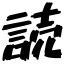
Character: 読